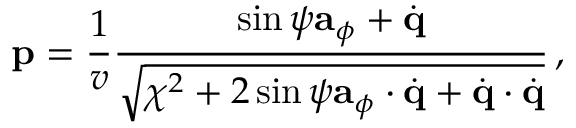
{ \bf p } = \frac { 1 } { v } \frac { \sin \psi { \bf a } _ { \phi } + \dot { \bf q } } { \sqrt { \chi ^ { 2 } + 2 \sin \psi { \bf a } _ { \phi } \cdot \dot { \bf q } + \dot { \bf q } \cdot \dot { \bf q } } } \, ,